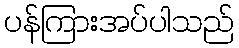
ပန်ကြားအပ်ပါသည်